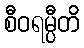
စီဝရမ္ပီတိ